Vaccination in Burma 1889-1999 - 1889-1999
Year: 1889
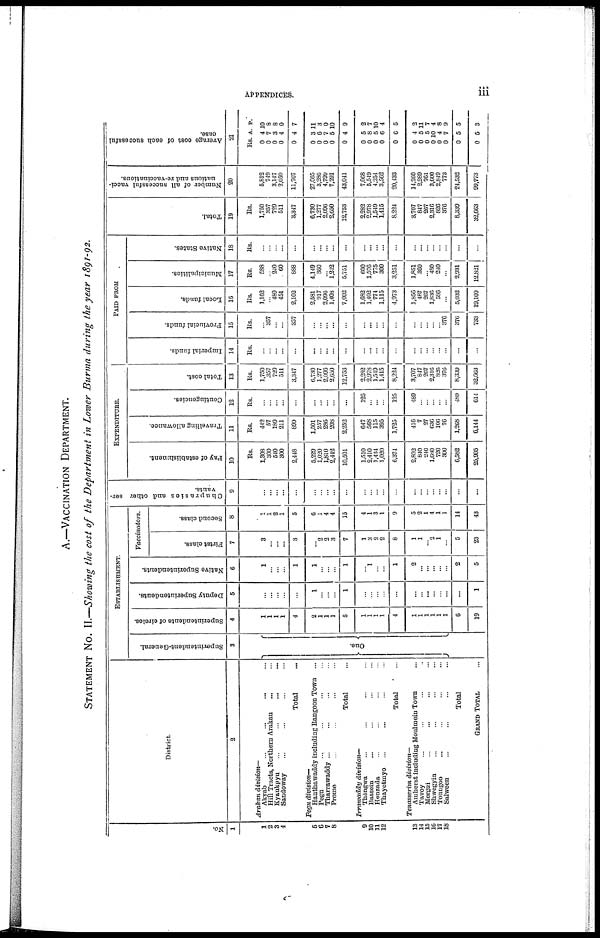
APPENDICES.
iii
A.—VACCINATION DEPARTMENT.
STATEMENT No. II.—Showing the cost of the Department in Lower Burma during the year 1891-92.
No.
1
1
2
3
4
5
6
7
8
9
10
11
12
13
14
15
16
17
18
District.
2
Arakan division—
Akyab ... ... ... ...
Hill Tracts, Northern Arakan ... ...
Kyaukpyu ... ... ...
Sandoway ... ... ...
Total ...
Pegu division—
Hanthawaddy including Bangoon Town ...
Pegu ... ... ...
Tharrawaddy ... ... ...
Proine ... ... ...
Total ...
Irrawaddy division—
Thôngwa ... ... ...
Bassein ... ... ...
Henzada ... ... ...
Thayetmyo ... ... ...
Total ...
Tenasserim division—
Amherst including Moulmein Town ...
Tavoy ... ... ...
Mergui ... ... ...
Shwogyin ... ... ...
Toungoo ... ... ...
Salween ... ... ...
Total ...
GRAND TOTAL ...
ESTABLISHMENT.
Superintendent-General.
3
One.
Superintendents of circles.
4
1
1
1
1
4
2
1
1
1
5
1
1
1
1
4
1
1
1
1
1
1
6
19
Deputy Superintendents.
5
...
...
... ...
...
1
...
...
...
1
...
...
...
...
...
...
...
...
...
...
...
...
1
Native Superintendents.
6
1
...
... ...
1
1
...
...
...
1
... 1
...
...
1
2
...
...
...
...
...
2
5
Vaccinators.
Firtst class.
7
3
...
...
...
3
... 2
2
3
7
1
3
2
2
8
1
1
...
2
1
...
5
23
Second class.
8
1
1
2
1
5
6
1
4
4
15
4
1
3
1
9
5
2
1
4
1
1
14
43
Chuprasies and other ser-
vants.
9
...
... ...
...
...
...
...
...
...
...
...
...
...
...
...
...
...
...
...
...
...
...
...
EXPENDITURE.
Pay of establishment.
10
Rs.
1,308
300
540
300
2,448
5,229
1,020
1,810
2,442
10,501
1,510
2,410
1,434
1,020
6,371
2,802
840
240
1,680
720
300
6,582
25,905
Travelling allowance.
11
Rs.
442
57
189
211
899
1,501
257
286
208
2,252
647
568
115
395
1,725
416
7
27
636
106
76
1,268
6,144
Contingencies.
12
Rs.
...
... ...
...
...
...
...
...
...
...
125
...
...
...
125
489
...
...
...
...
...
489
614
Total cost.
13
Rs.
1,750
357
729
511
3,347
6,730
1,277
2,096
2,650
12,753
2,282
2,978
1,549
1,415
8,224
3,707
847
267
2,316
826
376
8,339
32,663
PAID FROM
Imperial funds.
14
Rs.
...
...
...
...
...
...
...
...
...
...
...
...
...
...
...
...
...
...
...
...
...
...
...
Froviucial funds.
15
Rs.
...
357
...
...
357
...
...
...
...
...
...
...
...
...
...
...
...
...
...
...
376
376
733
Local funds.
16
Rs.
1,162
...
489
451
2,102
2,581
917
2,096
1,408
7,002
1,682
1,402
774
1,115
4,973
1,856
487
267
1,836
586
...
5,032
19,109
Municipalities.
17
Rs.
588
...
240
60
888
4,149
360
...
1,212
5,751
600
1,576
775
300
3,251
1,851
360
...
480
240
...
2,931
12,821
Native States.
18
Rs.
...
... ...
...
...
...
...
...
...
...
...
...
...
...
...
...
...
...
...
...
...
...
...
Total.
19
Rs.
1,750
357
729
511
3,347
6,730
1,277
2,096
2,650
12,753
2,282
2,978
1,549
1,415
8,224
3,707
847
267
2,316
826
376
8,339
32,663
Number of all successful vacci-
nations and re-vaccinations.
20
5,812
749
3,147
2,059
11,767
27,665
3,286
4,799
7,291
43,041
7,068
5,549
4,254
3,562
20,433
14,260
2,289
761
3,600
2,849
773
24,532
99,773
Average cost of each successful
case.
21
Rs A. P.
0
0
0
0
0
0
0
0
0
0
4
7
3
4
4
3
6
7
5
4
10
8
8
0
7
11
3
0
10
9
0
0
0
0
0
5
8
5
6
6
2
7
10
4
5
0
0
0
0
0
0
0
0
4
5
5
10
4
7
5
5
2
11
7
4
8
9
5
3